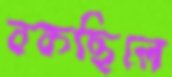
বকছিলে